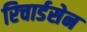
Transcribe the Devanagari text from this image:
रिचार्डसेन